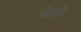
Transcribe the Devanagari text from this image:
प्रेमो